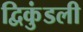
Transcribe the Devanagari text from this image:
द्विकुंडली